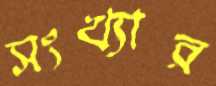
সংখ্যার